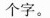
个字。